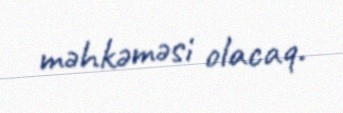
məhkəməsi olacaq.